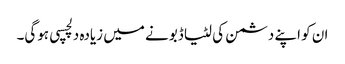
ان کو اپنے دشمن کی لٹیا ڈبونے میں زیادہ دلچسپی ہوگی۔